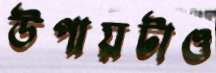
উপায়টাও